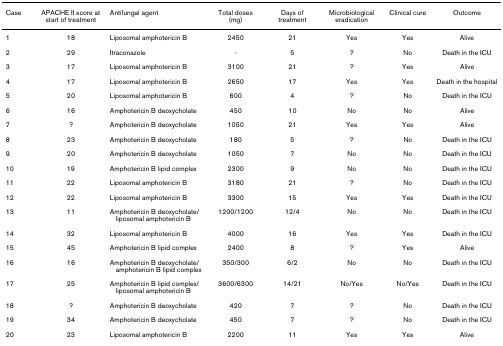
<table><thead><tr><td><b>Case</b></td><td><b>APACHE II score at start of treatment</b></td><td><b>Antifungal agent</b></td><td><b>Total doses (mg)</b></td><td><b>Days of treatment</b></td><td><b>Microbiological eradication</b></td><td><b>Clinical cure</b></td><td><b>Outcome</b></td></tr></thead><tbody><tr><td>1</td><td>18</td><td>Liposomal amphotericin B</td><td>2450</td><td>21</td><td>Yes</td><td>Yes</td><td>Alive</td></tr><tr><td>2</td><td>29</td><td>Itraconazole</td><td>-</td><td>5</td><td>?</td><td>No</td><td>Death in the ICU</td></tr><tr><td>3</td><td>17</td><td>Liposomal amphotericin B</td><td>3100</td><td>21</td><td>?</td><td>Yes</td><td>Alive</td></tr><tr><td>4</td><td>17</td><td>Liposomal amphotericin B</td><td>2650</td><td>17</td><td>Yes</td><td>Yes</td><td>Death in the hospital</td></tr><tr><td>5</td><td>20</td><td>Liposomal amphotericin B</td><td>600</td><td>4</td><td>?</td><td>No</td><td>Death in the ICU</td></tr><tr><td>6</td><td>16</td><td>Amphotericin B deoxycholate</td><td>450</td><td>10</td><td>No</td><td>No</td><td>Alive</td></tr><tr><td>7</td><td>?</td><td>Amphotericin B deoxycholate</td><td>1050</td><td>21</td><td>Yes</td><td>Yes</td><td>Alive</td></tr><tr><td>8</td><td>23</td><td>Amphotericin B deoxycholate</td><td>180</td><td>5</td><td>?</td><td>No</td><td>Death in the ICU</td></tr><tr><td>9</td><td>20</td><td>Amphotericin B deoxycholate</td><td>1050</td><td>7</td><td>No</td><td>No</td><td>Death in the ICU</td></tr><tr><td>10</td><td>19</td><td>Amphotericin B lipid complex</td><td>2300</td><td>9</td><td>No</td><td>No</td><td>Death in the ICU</td></tr><tr><td>11</td><td>22</td><td>Liposomal amphotericin B</td><td>3180</td><td>21</td><td>?</td><td>No</td><td>Death in the ICU</td></tr><tr><td>12</td><td>22</td><td>Liposomal amphotericin B</td><td>3300</td><td>15</td><td>Yes</td><td>Yes</td><td>Death in the ICU</td></tr><tr><td>13</td><td>11</td><td>Amphotericin B deoxycholate/liposomal amphotericin B</td><td>1200/1200</td><td>12/4</td><td>No</td><td>No</td><td>Death in the ICU</td></tr><tr><td>14</td><td>32</td><td>Liposomal amphotericin B</td><td>4000</td><td>16</td><td>Yes</td><td>Yes</td><td>Death in the ICU</td></tr><tr><td>15</td><td>45</td><td>Amphotericin B lipid complex</td><td>2400</td><td>8</td><td>?</td><td>Yes</td><td>Alive</td></tr><tr><td>16</td><td>16</td><td>Amphotericin B deoxycholate/amphotericin B lipid complex</td><td>350/300</td><td>6/2</td><td>No</td><td>No</td><td>Death in the ICU</td></tr><tr><td>17</td><td>25</td><td>Amphotericin B lipid complex/liposomal amphotericin B</td><td>3600/6300</td><td>14/21</td><td>No/Yes</td><td>No/Yes</td><td>Death in the ICU</td></tr><tr><td>18</td><td>?</td><td>Amphotericin B deoxycholate</td><td>420</td><td>7</td><td>?</td><td>No</td><td>Death in the ICU</td></tr><tr><td>19</td><td>34</td><td>Amphotericin B deoxycholate</td><td>450</td><td>7</td><td>?</td><td>No</td><td>Death in the ICU</td></tr><tr><td>20</td><td>23</td><td>Liposomal amphotericin B</td><td>2200</td><td>11</td><td>Yes</td><td>Yes</td><td>Alive</td></tr></tbody></table>